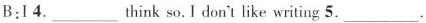
B:I 4.___think so.I don't like writing 5.___ .